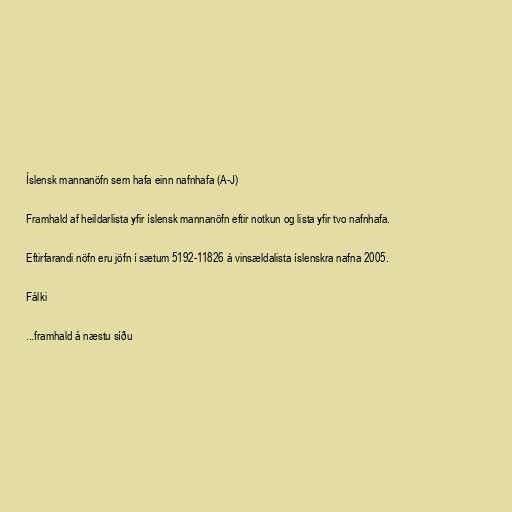
Íslensk mannanöfn sem hafa einn nafnhafa (A-J)

Framhald af heildarlista yfir íslensk mannanöfn eftir notkun og lista yfir tvo nafnhafa.

Eftirfarandi nöfn eru jöfn í sætum 5192-11826 á vinsældalista íslenskra nafna 2005.

Fálki

...framhald á næstu síðu